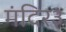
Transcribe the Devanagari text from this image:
मंदिर३